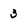
Character: 3